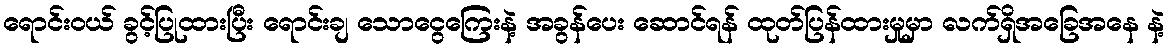
ရောင်းဝယ် ခွင့်ပြုထားပြီး ရောင်းချ သောငွေကြေးနဲ့ အခွန်ပေး ဆောင်ရန် ထုတ်ပြန်ထားမှုမှာ လက်ရှိအခြေအနေ နဲ့